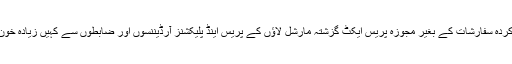
سندھی ادبی و صحافتی حلقوں کی پیس کردہ سفارشات کے بغیر مجوزہ پریس ایکٹ گزشتہ مارشل لاؤں کے پریس اینڈ پلیکشنز آرڈیننسوں اور ضابطوں سے کہیں زیادہ خون آشام اور ڈریکولائی قانون بن جاتا ہے۔